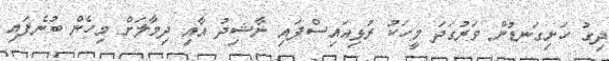
ދިގު ހަށިގަނޑުން ވަރުގަދަ މީހަކު ރުޅިއައިސްފައި ނާޝިދު އާއި ދިމާލަށް މިހެން ބުނެފައި